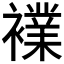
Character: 𮖷